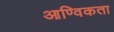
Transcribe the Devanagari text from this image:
आण्विकता